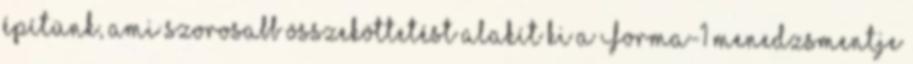
építünk, ami szorosabb összeköttetést alakít ki a Forma-1 menedzsmentje